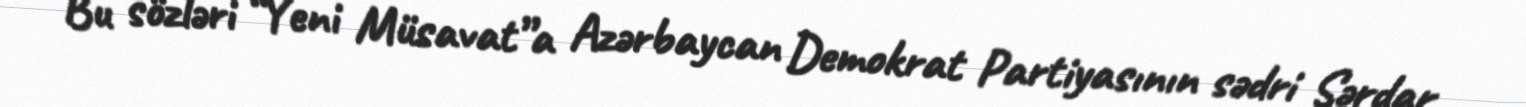
Bu sözləri “Yeni Müsavat”a Azərbaycan Demokrat Partiyasının sədri Sərdar